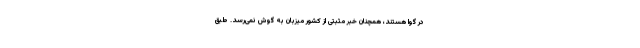
در گوا هستند، همچنان خبر مثبتی از کشور میزبان به گوش نمی‌رسد. طبق